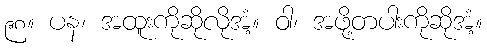
၉၈။ ပန၊ အထူးကိုဆိုလိုအံ့။ ဝါ၊ အဖို့တပါးကိုဆိုအံ့။